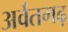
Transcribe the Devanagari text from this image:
अर्वतगढ़